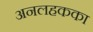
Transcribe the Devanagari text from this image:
अनलहकका